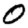
Digit: 0